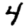
Digit: 4